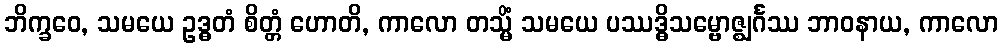
ဘိက္ခဝေ, သမယေ ဥဒ္ဓတံ စိတ္တံ ဟောတိ, ကာလော တသ္မိံ သမယေ ပဿဒ္ဓိသမ္ဗောဇ္ဈင်္ဂဿ ဘာဝနာယ, ကာလော